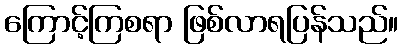
ကြောင့်ကြစရာ ဖြစ်လာရပြန်သည်။